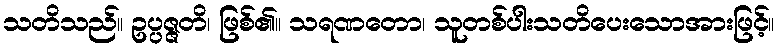
သတိသည်။ ဥပ္ပဇ္ဇတိ၊ ဖြစ်၏။ သရဏတော၊ သူတစ်ပါးသတိပေးသောအားဖြင့်။